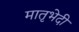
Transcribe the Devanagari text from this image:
मातृभेदी